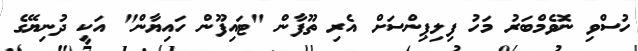
ހުސްވި ނޮވެމްބަރު މަހު ފިލިޕިންސަށް އެރި ތޫފާން "ޓައިފޫން ހައިޔާން" އަކީ ދުނިޔޭގެ